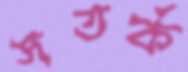
সতর্ক